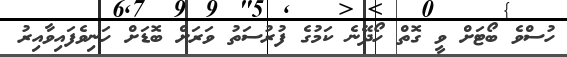
ހުސްވެ ބޯޓަށް ވީ ގޮތް ހޯދޭނެ ކަމުގެ ފުރުސަތު ވަރަށް ބޮޑަށް ހަނިވެފައިވާއިރު